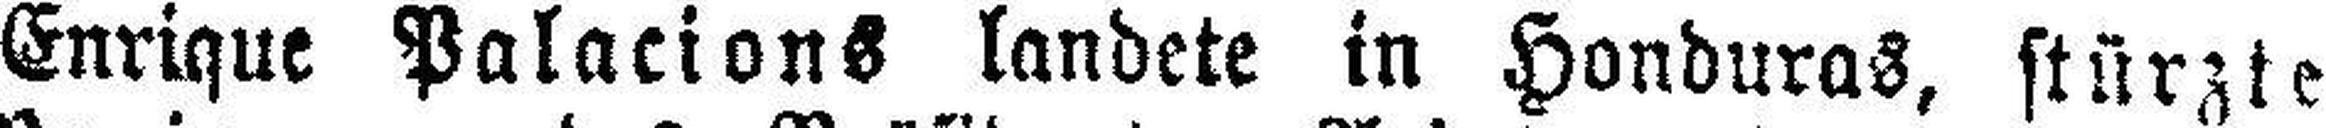
Enrique Palacions landete in Honduras, stürzte